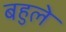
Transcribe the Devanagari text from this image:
बहुले